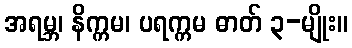
အရမ္ဘ၊ နိက္ကမ၊ ပရက္ကမ ဓာတ် ၃-မျိုး။